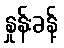
နှုန်းခန့်